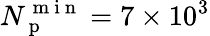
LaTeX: N_{\mathrm{~p~}}^{\mathrm{~m~i~n~}}=7\times 10^{3}